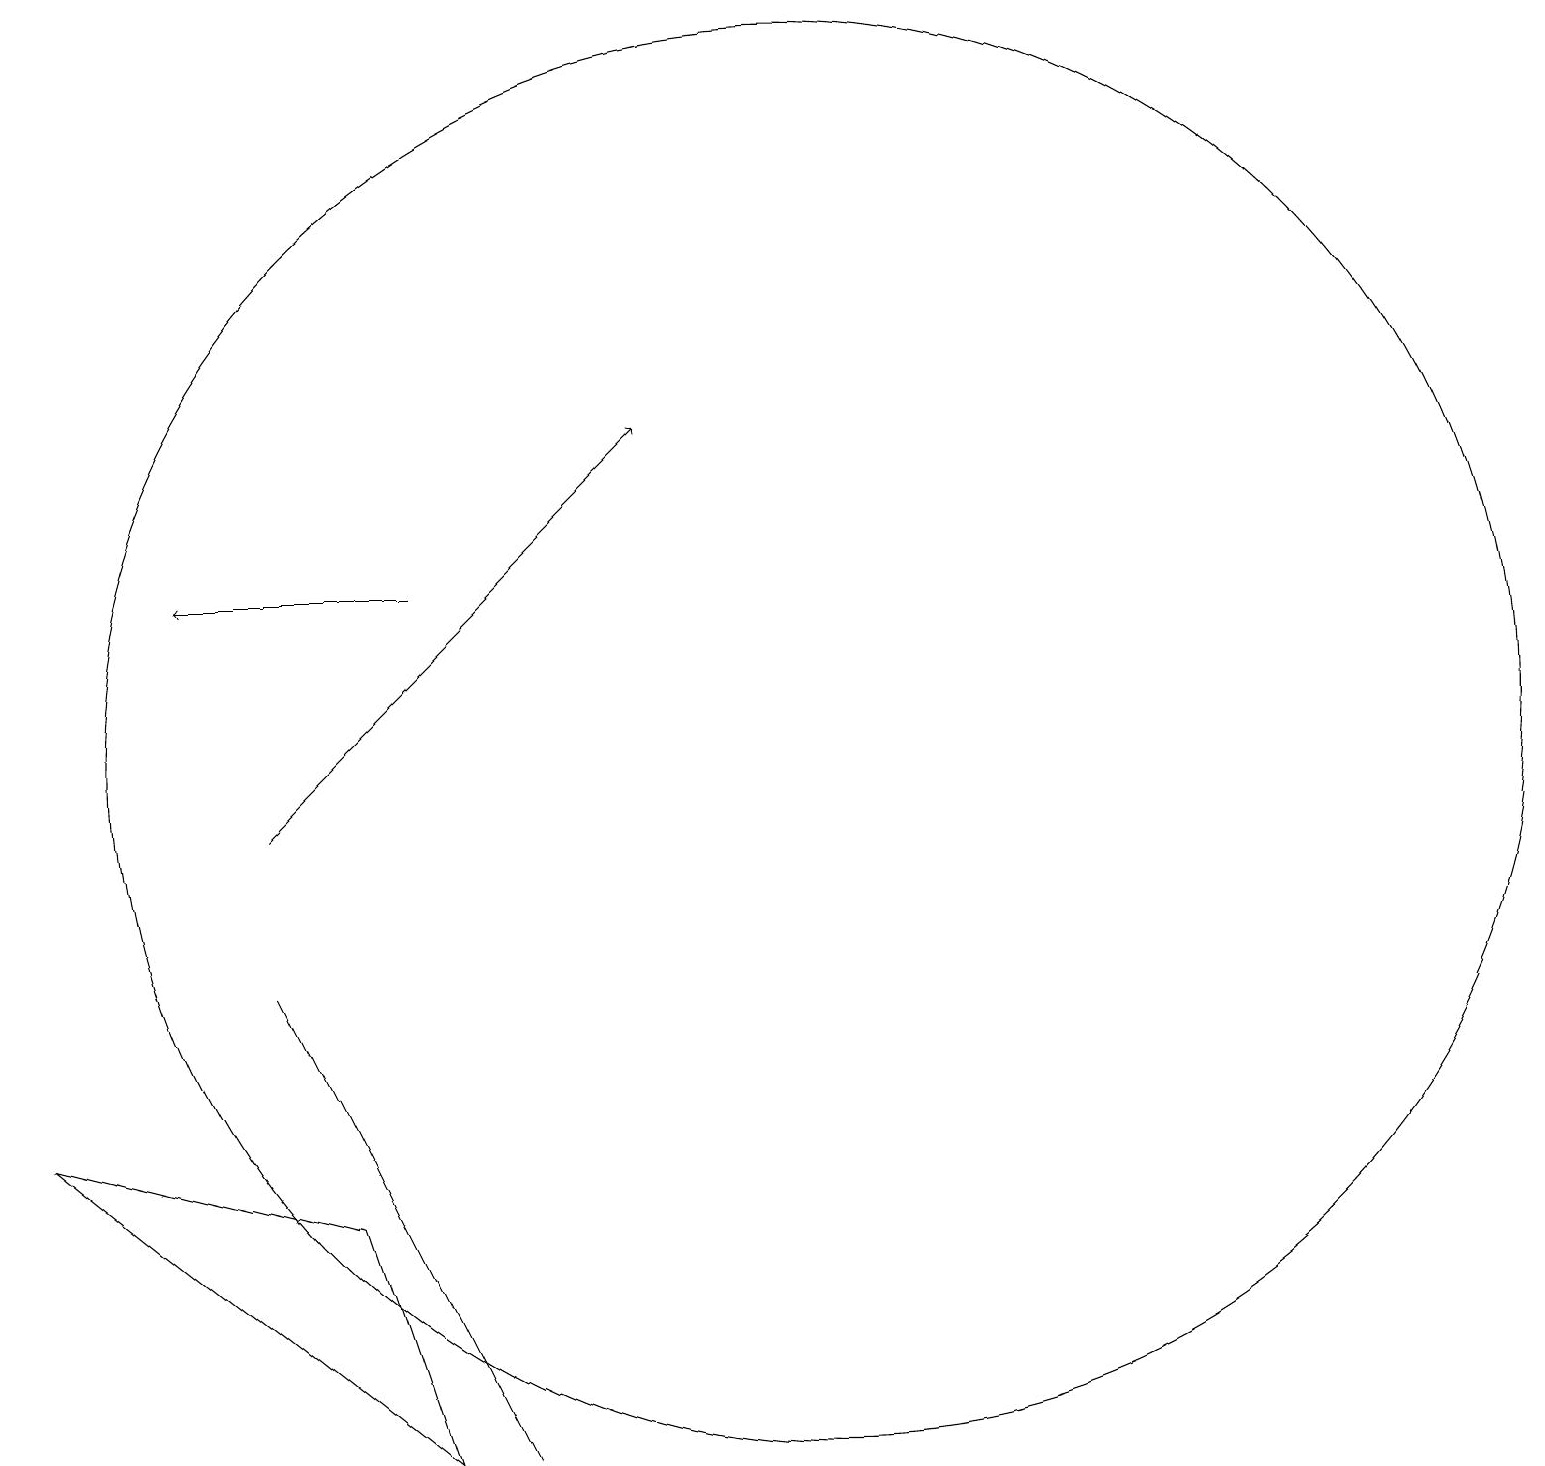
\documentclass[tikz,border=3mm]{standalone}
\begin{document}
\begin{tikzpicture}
\draw[->] (6,13) -- (3,13);
\draw (6,4) -- (7,2) -- (4,8) -- cycle;
\draw (6,2) -- (5,5) -- (1,6) -- cycle;
\draw[->] (4,10) -- (9,15);
\draw (11,11) circle (9);
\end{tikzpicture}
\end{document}